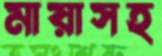
মায়াসহ